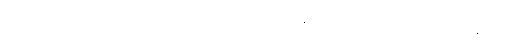
သို့သော် ဦးဝင်းတင်၏ ဘာလဲဟဲ့ ငရဲ ဆိုသော ခေါင်းစဉ် နှင့် ထောင်တွင်း အတွေ့အကြုံကို န.အ.ဖ